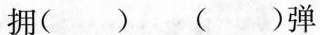
拥() ()弹